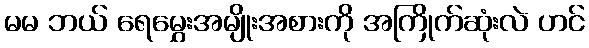
မမ ဘယ် ရေမွှေးအမျိုးအစားကို အကြိုက်ဆုံးလဲ ဟင်